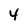
Character: 4